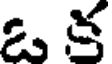
ఒ క